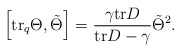
\begin{align*}\left[\mbox{tr}_q\Theta, \tilde{\Theta}\right]=\frac{\gamma \mbox{tr}D}{\mbox{tr}D-\gamma}\tilde{\Theta}^2.\end{align*}